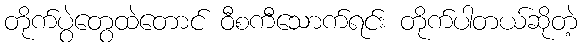
တိုက်ပွဲတွေထဲတောင် ဝီစကီသောက်ရင်း တိုက်ပါတယ်ဆိုတဲ့